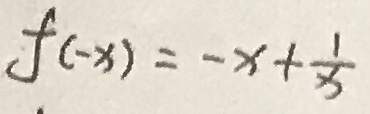
f ( - x ) = - x + \frac { 1 } { x }